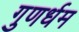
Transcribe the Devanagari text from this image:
गुणर्धम